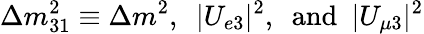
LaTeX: \Delta m_{31}^{2}\equiv\Delta m^{2},~~{\vert}U_{e3}{\vert}^{2},~~\mathrm{and}~~{\vert}U_{\mu 3}{\vert}^{2}